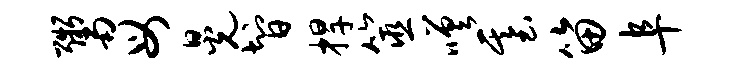
鬻母晃智捍筮嗟基笛阜